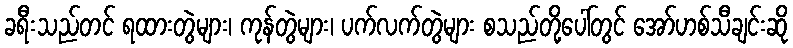
ခရီးသည်တင် ရထားတွဲများ၊ ကုန်တွဲများ၊ ပက်လက်တွဲများ စသည်တို့ပေါ်တွင် အော်ဟစ်သီချင်းဆို